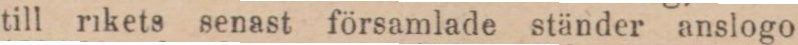
till rikets senast församlade ständer anslogo